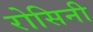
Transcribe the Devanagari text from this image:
रोसिनी